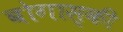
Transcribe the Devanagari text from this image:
बोगास्की